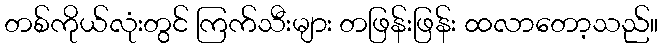
တစ်ကိုယ်လုံးတွင် ကြက်သီးများ တဖြန်းဖြန်း ထလာတော့သည်။